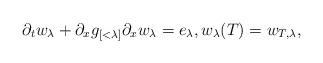
LaTeX: \begin{align*}\partial_t w_\lambda + \partial_x g_{[<\lambda]} \partial_x w_\lambda = e_\lambda, w_\lambda(T) = w_{T,\lambda},\end{align*}